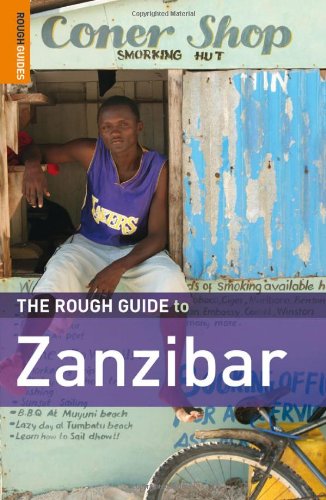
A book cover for The Rough Guide to Zanzibar; Jens Finke; Travel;